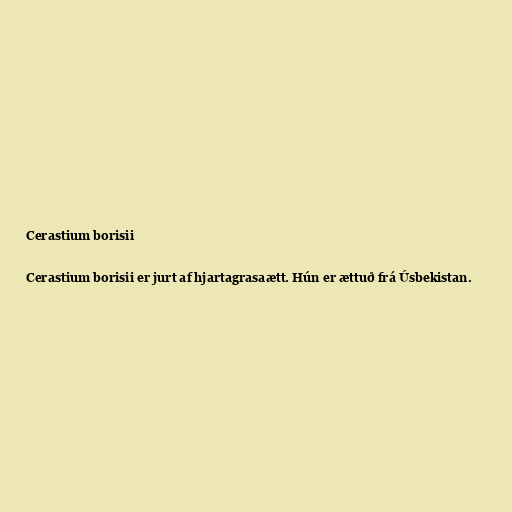
Cerastium borisii

Cerastium borisii er jurt af hjartagrasaætt. Hún er ættuð frá Úsbekistan.